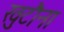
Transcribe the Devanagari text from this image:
खुटौना